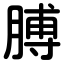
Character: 膊